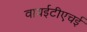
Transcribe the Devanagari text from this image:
वायईटीएचई